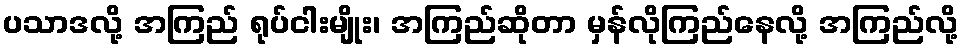
ပသာဒလို့ အကြည် ရုပ်ငါးမျိုး၊ အကြည်ဆိုတာ မှန်လိုကြည်နေလို့ အကြည်လို့